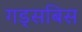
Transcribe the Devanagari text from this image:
गड्सबिस